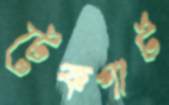
টেকপার্ট